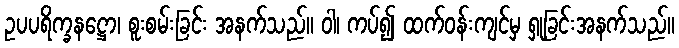
ဥပပရိက္ခနဋ္ဌော၊ စူးစမ်းခြင်း အနက်သည်။ ဝါ၊ ကပ်၍ ထက်ဝန်းကျင်မှ ရှုခြင်းအနက်သည်။